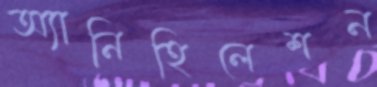
অ্যানিহিলেশন